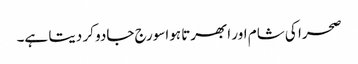
صحرا کی شام اور ابھرتا ہواسورج جادو کر دیتا ہے۔